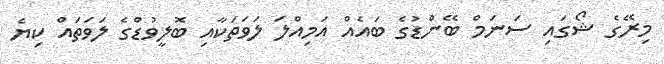
މިރޭގެ ޝޯގައި ސަނަމް ބޭންޑުގެ ބައެއް އަމިއްލަ ލަވަތަކާއި ބޮލީވުޑްގެ ލަވަތައް ކިޔެ